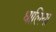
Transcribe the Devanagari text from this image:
धालिया